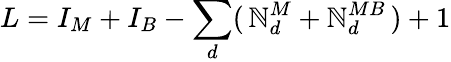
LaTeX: L=I_{M}+I_{B}-\sum_{d}(\, \mathbb{N}_{d}^{M}+\mathbb{N}_{d}^{MB}\, )+1